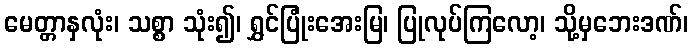
မေတ္တာနှလုံး၊ သစ္စာ သုံး၍၊ ရွှင်ပြုံးအေးမြ၊ ပြုလုပ်ကြလော့၊ သို့မှဘေးဒဏ်၊